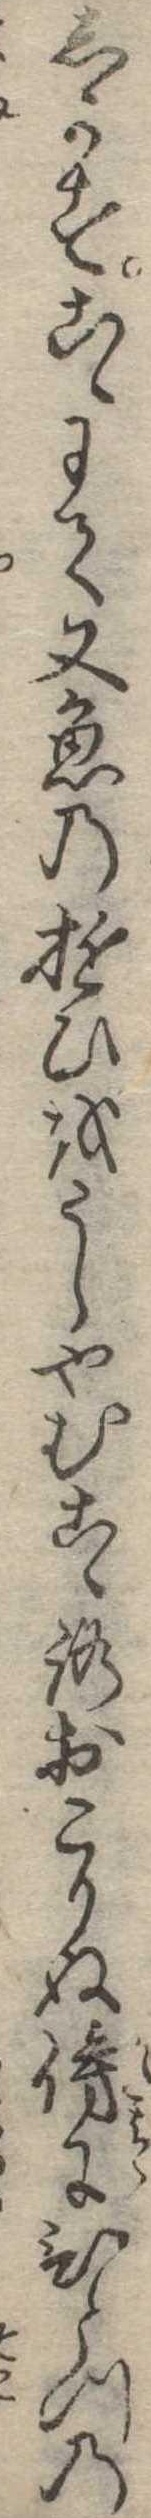
しかすこゝにて又魚の遊ひをうらやむこゝろおこりぬ傍にひとつの